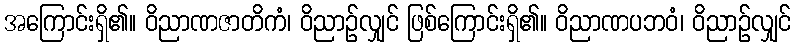
အကြောင်းရှိ၏။ ဝိညာဏဇာတိကံ၊ ဝိညာဉ်လျှင် ဖြစ်ကြောင်းရှိ၏။ ဝိညာဏပဘဝံ၊ ဝိညာဉ်လျှင်